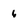
Character: 6